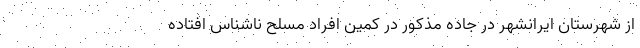
از شهرستان ایرانشهر در جاده مذکور در کمین افراد مسلح ناشناس افتاده